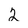
Character: 2